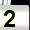
Digit: 2